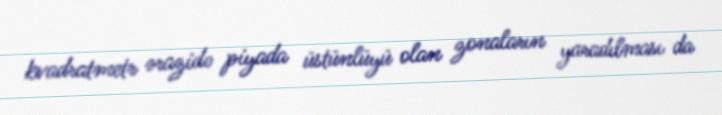
kvadratmetr ərazidə piyada üstünlüyü olan zonaların yaradılması da